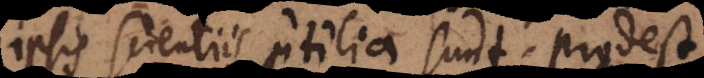
ipsis scientiis utilia sunt, prodest